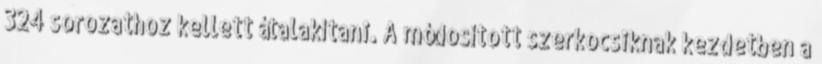
324 sorozathoz kellett átalakítani. A módosított szerkocsiknak kezdetben a